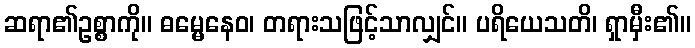
ဆရာ၏ဥစ္စာကို။ ဓမ္မေနေဝ၊ တရားသဖြင့်သာလျှင်။ ပရိယေသတိ၊ ရှာမှီး၏။